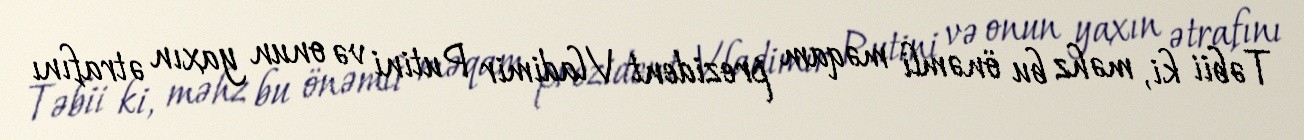
Təbii ki, məhz bu önəmli məqam prezident Vladimir Putini və onun yaxın ətrafını